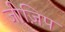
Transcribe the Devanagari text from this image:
जीज़िप